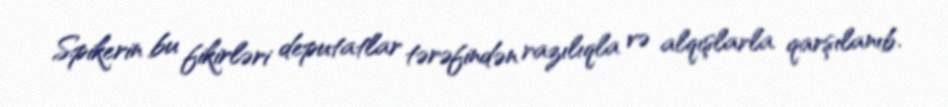
Spikerin bu fikirləri deputatlar tərəfindən razılıqla və alqışlarla qarşılanıb.